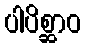
ပါပိစ္ဆာဝ